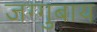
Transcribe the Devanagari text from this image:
जग्गुबाय